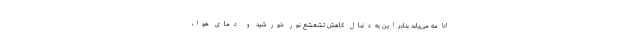
ادامه می‌یابد بنابراین به‌دنبال کاهش تشعشع نور خورشید و دمای هوا،